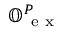
\mathbb { O } _ { \mathrm { ~ e ~ x ~ } } ^ { P }